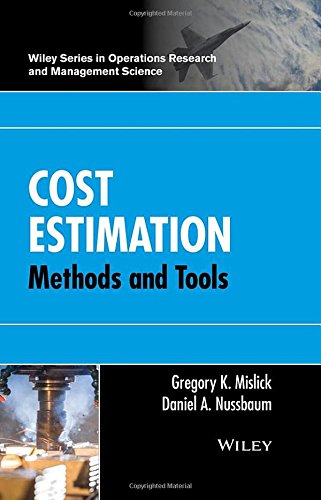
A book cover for Cost Estimation: Methods and Tools (Wiley Series in Operations Research and Management Science); Gregory K. Mislick; Business & Money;